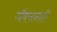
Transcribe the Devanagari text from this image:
जॅक्सनशी